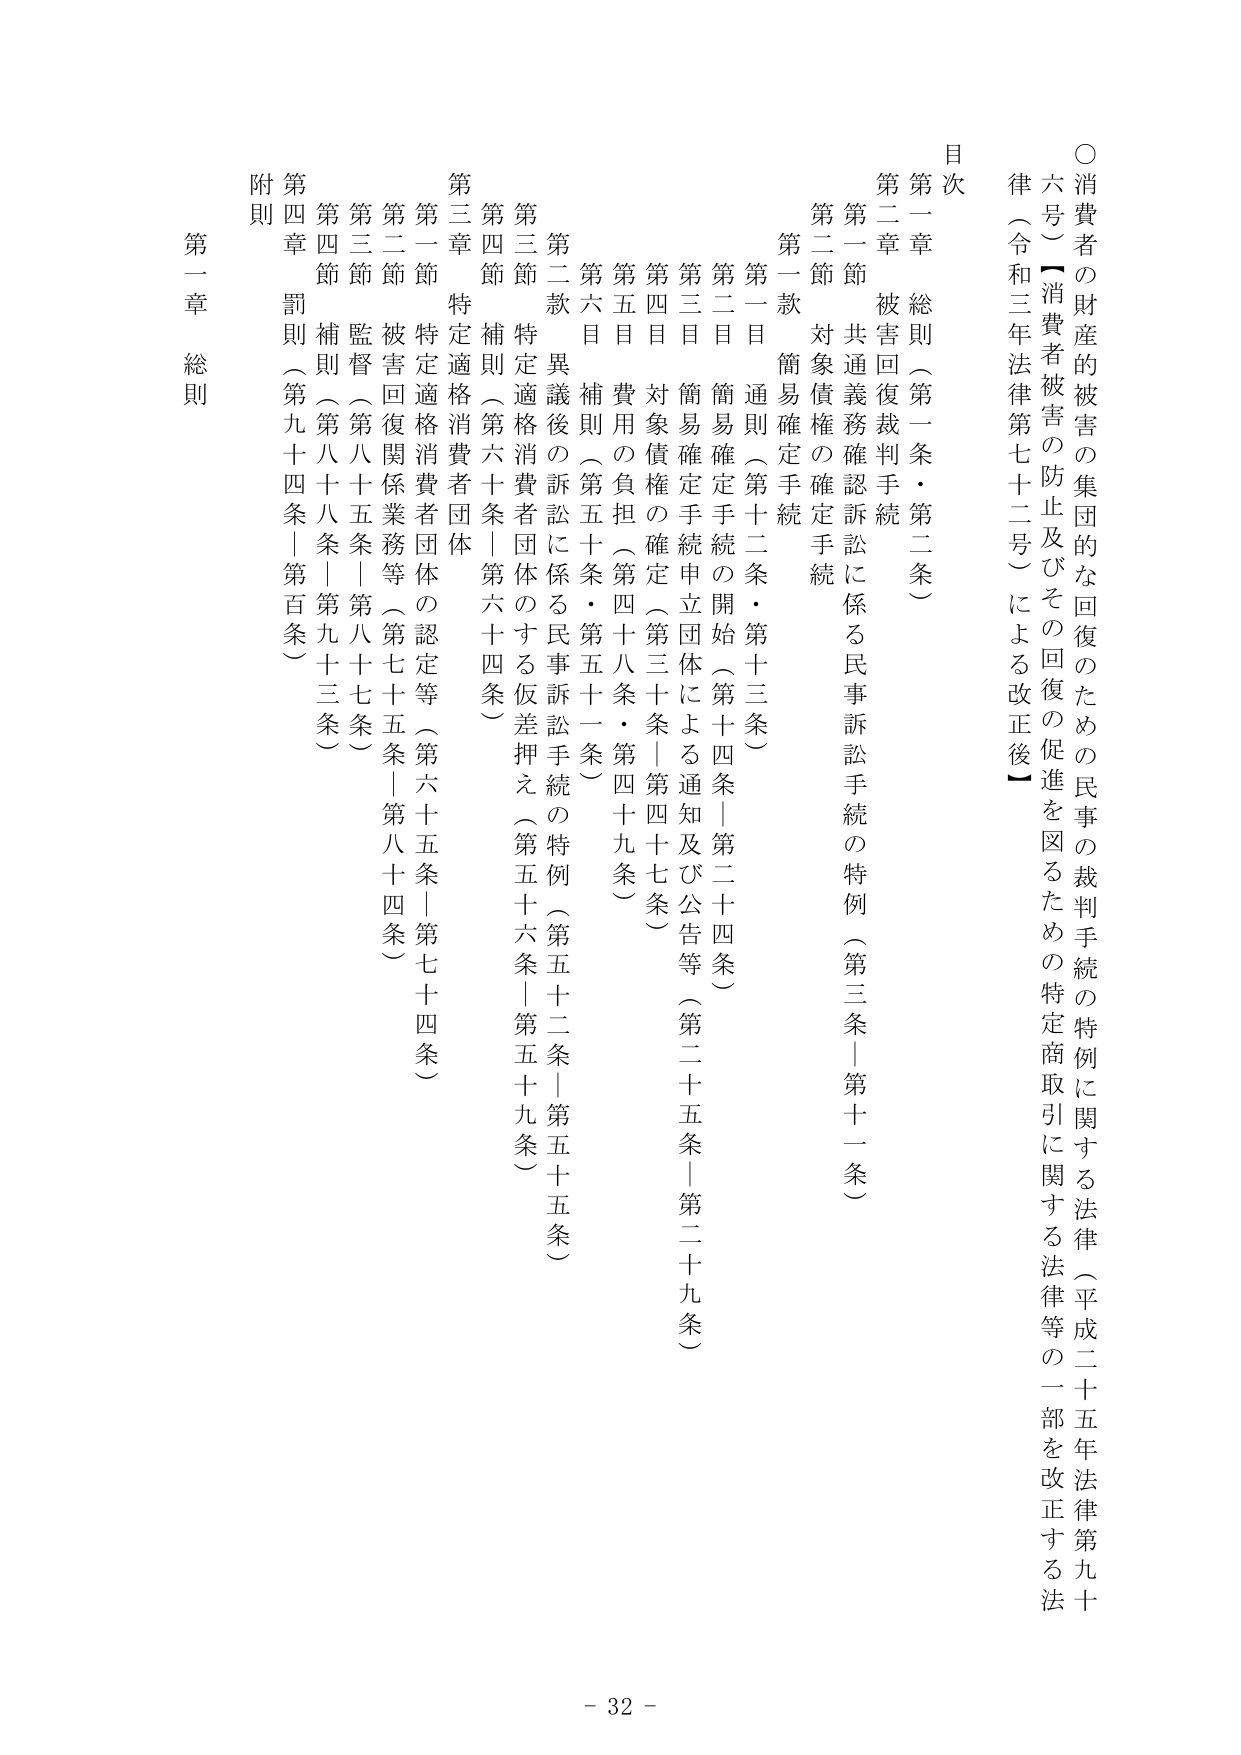
○消費者の財産的被害の集団的な回復のための民事の裁判手続の特例に関する法律（平成二十五年法律第九十
六号）【消費者被害の防止及びその回復の促進を図るための特定商取引に関する法律等の一部を改正する法
律（令和三年法律第七十二号）による改正後】

目次

第一章 総則（第一条・第二条）
第二章 被害回復裁判手続
　第一節 共通義務確認訴訟に係る民事訴訟手続の特例（第三条｜第十一條）
　第二節 対象債権の確定手続
　　第一款 簡易確定手続
　　第一目 通則（第十二条・第十三条）
　　第二目 簡易確定手続の開始（第十四条｜第二十四条）
　　第三目 簡易確定手続申立団体による通知及び公告等（第二十五条｜第二十九条）
　　第四目 対象債権の確定（第三十条｜第四十七条）
　　第五目 費用の負担（第四十八条・第四十九条）
　　第六目 補則（第五十条・第五十一条）
　第二款 異議後の訴訟に係る民事訴訟手続の特例（第五十二条｜第五十五条）
　第三節 特定適格消費者団体のする仮差押え（第五十六条｜第五十九条）
　第四節 補則（第六十条｜第六十四条）

第三章 特定適格消費者団体
　第一節 特定適格消費者団体の認定等（第六十五条｜第七十四条）
　第二節 被害回復関係業務等（第七十五条｜第八十四条）
　第三節 監督（第八十五条｜第八十七条）
　第四節 補則（第八十八条｜第九十三条）
　第四章 罰則（第九十四条｜第百条）
　附則

第一章 総則

- 32 -